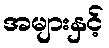
အများနှင့်